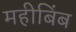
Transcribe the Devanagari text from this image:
महीबिंब